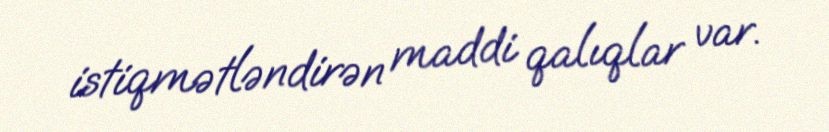
istiqmətləndirən maddi qalıqlar var.